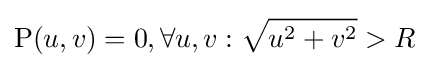
\mathrm {P} (u,v)=0,\forall u,v:{\sqrt {u^{2}+v^{2}}}>R